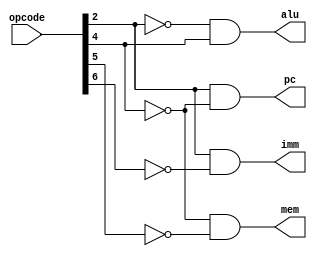
//Universidad Galileo
//Rodrigo Cordero
//Kevin Hernandez
//Terminado

module writeBackMultipleEnable(opcode, pc, alu, mem, imm);
  input [6:0] opcode;
  output pc, alu, mem, imm;
  //pc = program counter, mem = memory, imm = immediate
  wire n2, n4, n5, n6;
  //n5 = bit 5 negado y asi sucesivamente
  
  not(n2, opcode[2]);
  not(n4, opcode[4]);
  not(n5, opcode[5]);
  not(n6, opcode[6]);
  
  and(pc, opcode[2], n4);
  and(alu, n2, opcode[4]);
  and(mem, n4, n5);
  and(imm, opcode[2], n6);
endmodule

module writeBackControll(pc, alu, mem, imm, wbe);
  input pc, alu, mem, imm;
  output [1:0] wbe;
  wire [1:0] a, b, c, d;
  assign a = 2'b00;
  assign b = alu*1;
  assign c = mem*2;
  assign d = imm*3;
  
  assign wbe = a | b | c | d;
endmodule